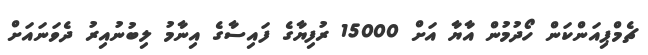
ޗެމްޕިއަންކަން ހޯދުމުން އާޔާ އަށް 15000 ރުފިޔާގެ ފައިސާގެ އިނާމު ލިބުނުއިރު ދެވަނައަށް